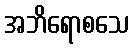
အဘိရောစသေ